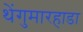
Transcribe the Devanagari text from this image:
थेंगुमारहाडा